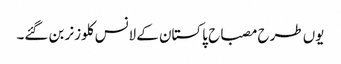
یوں طرح مصباح پاکستان کے لانس کلوزنر بن گئے۔